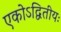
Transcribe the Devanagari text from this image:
एकोऽद्वितीयः